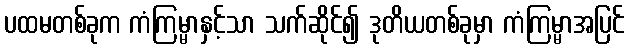
ပထမတစ်ခုက ကံကြမ္မာနှင့်သာ သက်ဆိုင်၍ ဒုတိယတစ်ခုမှာ ကံကြမ္မာအပြင်